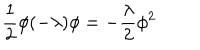
LaTeX: \frac { 1 } { 2 } \phi ( - \lambda ) \phi = - \frac { \lambda } { 2 } \phi ^ { 2 }